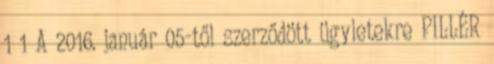
1 1 A 2016. január 05-től szerződött ügyletekre PILLÉR